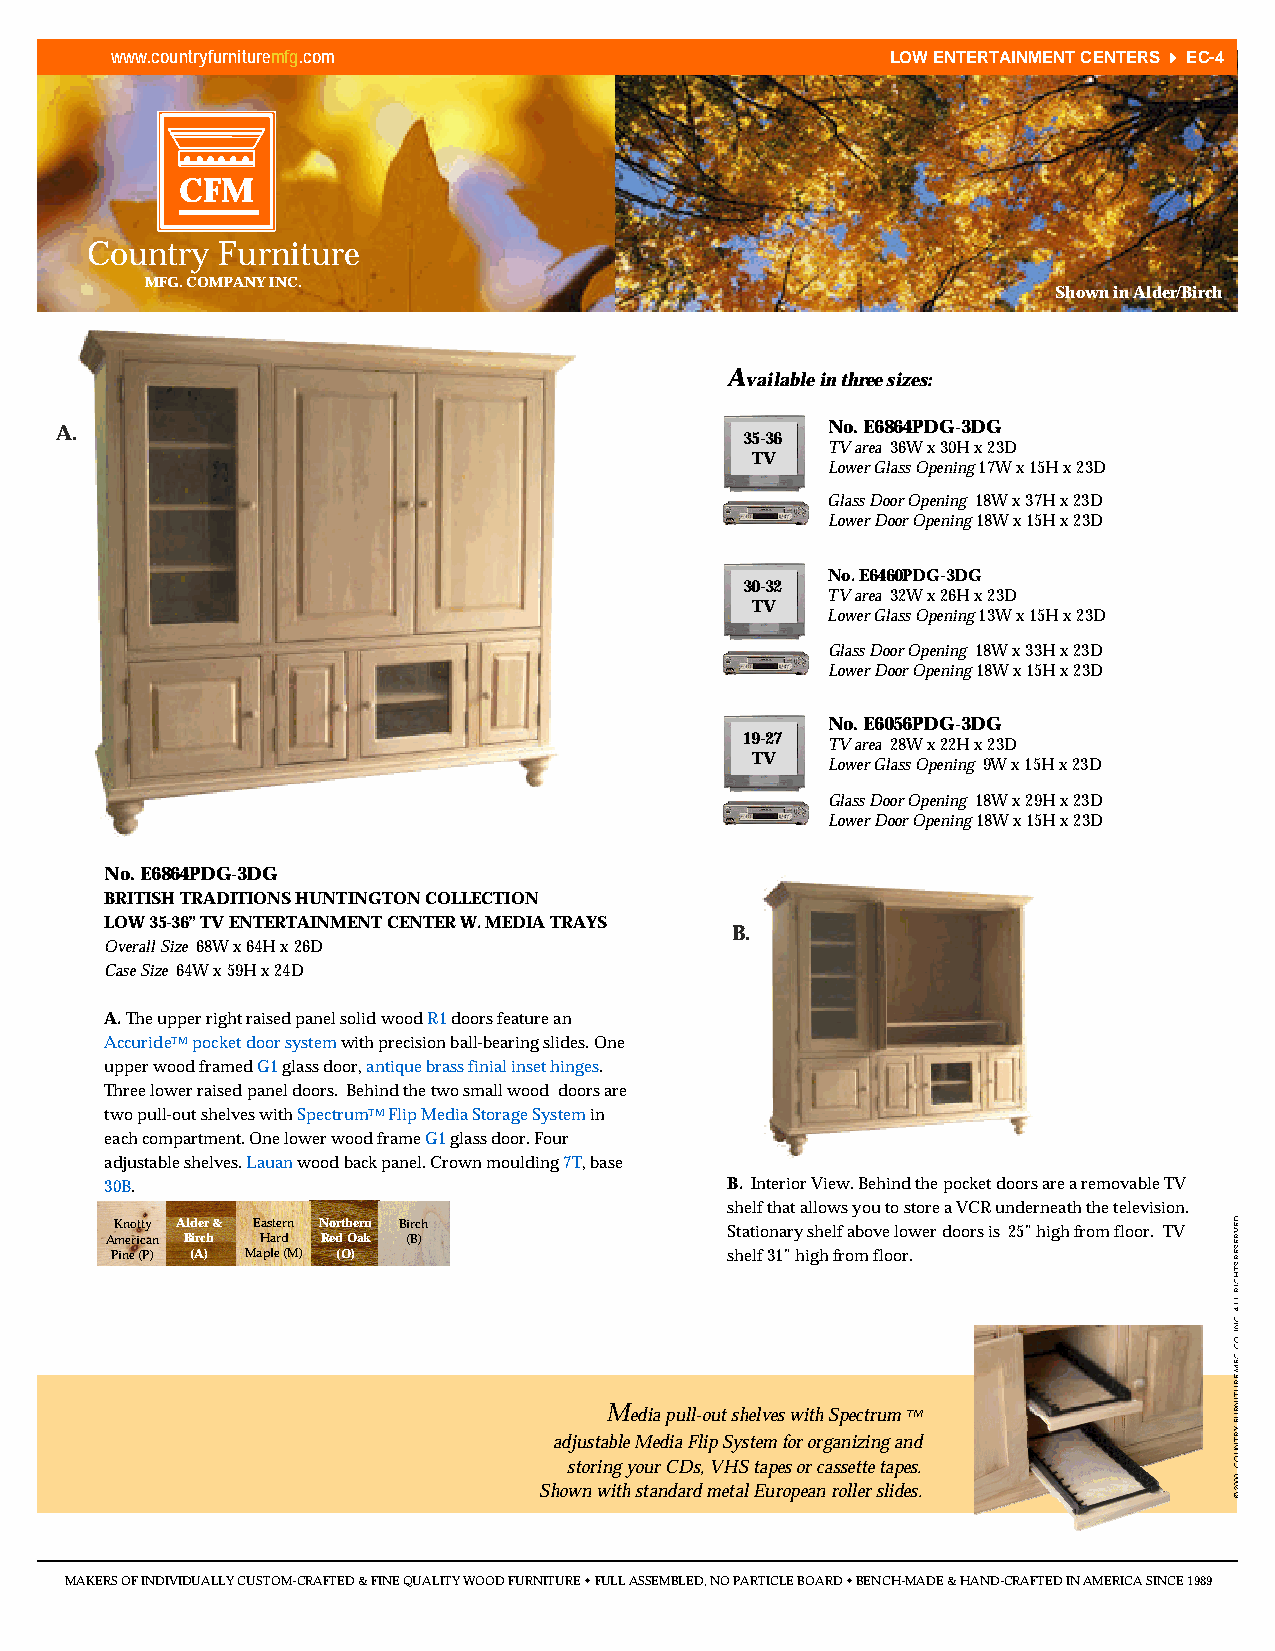
www.countryfurnituremfg.com                         LOW ENTERTAINMENT CENTERS 44EC-4
 CFM
 Country Furniture
 MFG. COMPANY INC.
 Shown in Alder/Birch
 Available in three sizes:
 A.                                                 No. E6864PDG-3DG
 35-36
 TV area 36W x 30H x 23D
 TV
 Lower Glass Opening 17W x 15H x 23D
 Glass Door Opening 18W x 37H x 23D
 Lower Door Opening 18W x 15H x 23D
 No. E6460PDG-3DG
 30-32
 TV area 32W x 26H x 23D
 TV
 Lower Glass Opening 13W x 15H x 23D
 Glass Door Opening 18W x 33H x 23D
 Lower Door Opening 18W x 15H x 23D
 No. E6056PDG-3DG
 19-27 TV area 28W x 22H x 23D
 TV   Lower Glass Opening 9W x 15H x 23D
 Glass Door Opening 18W x 29H x 23D
 Lower Door Opening 18W x 15H x 23D
 No. E6864PDG-3DG
 BRITISH TRADITIONS HUNTINGTON COLLECTION
 LOW 35-36” TV ENTERTAINMENT CENTER W. MEDIA TRAYS
 B.
 Overall Size 68W x 64H x 26D
 Case Size 64W x 59H x 24D
 A.The upper right raised panel solid wood R1doors feature an
 AccurideTMpocket door systemwith precision ball-bearing slides. One
 upper wood framed G1glass door, antique brass finial inset hinges.
 Three lower raised panel doors. Behind the two small wood doors are
 two pull-out shelves with SpectrumTMFlip Media Storage System in
 each compartment. One lower wood frame G1glass door. Four
 adjustable shelves. Lauanwood back panel. Crown moulding7T, base
 30B.                                     B. Interior View. Behind the pocket doors are a removable TV
 shelf that allows you to store a VCR underneath the television.
 Knotty Alder & Eastern Northern Birch   Stationary shelf above lower doors is 25” high from floor. TV
 American Birch Hard Red Oak (B)
 Pine (P) (A) Maple (M) (O)               shelf 31” high from floor.
 Media pull-out shelves with Spectrum TM
 adjustable Media Flip System for organizing and
 storing your CDs, VHS tapes or cassette tapes.
 Shown with standard metal European roller slides.
 MAKERS OF INDIVIDUALLY CUSTOM-CRAFTED & FINE QUALITY WOOD FURNITURE wFULL ASSEMBLED, NO PARTICLE BOARD wBENCH-MADE & HAND-CRAFTED IN AMERICA SINCE 1989
 .DEVRESER
 STHGIR
 LLA
 .CNI
 .OC
 .GFM
 ERUTINRUF
 YRTNUOC
 .0002
 ©